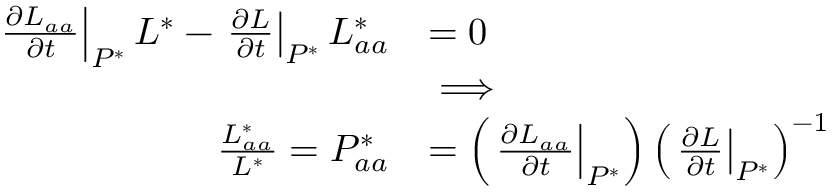
\begin{array} { r l } { \left. \frac { \partial L _ { a a } } { \partial t } \right| _ { P ^ { * } } L ^ { * } - \left. \frac { \partial L } { \partial t } \right| _ { P ^ { * } } L _ { a a } ^ { * } } & { = 0 } \\ & { \implies } \\ { \frac { L _ { a a } ^ { * } } { L ^ { * } } = P _ { a a } ^ { * } } & { = \left( \left. \frac { \partial L _ { a a } } { \partial t } \right| _ { P ^ { * } } \right) \left( \left. \frac { \partial L } { \partial t } \right| _ { P ^ { * } } \right) ^ { - 1 } } \end{array}